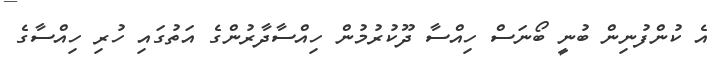
އެ ކުންފުނިން ބުނީ ބޯނަސް ހިއްސާ ދޫކުރުމުން ހިއްސާދާރުންގެ އަތުގައި ހުރި ހިއްސާގެ